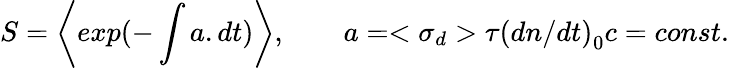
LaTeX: S=\left\langle exp(-\int a.dt)\right\rangle,\qquad a=<{\sigma}_{d}>\tau{(dn/dt)}_{0}c=const.